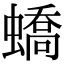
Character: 蟜